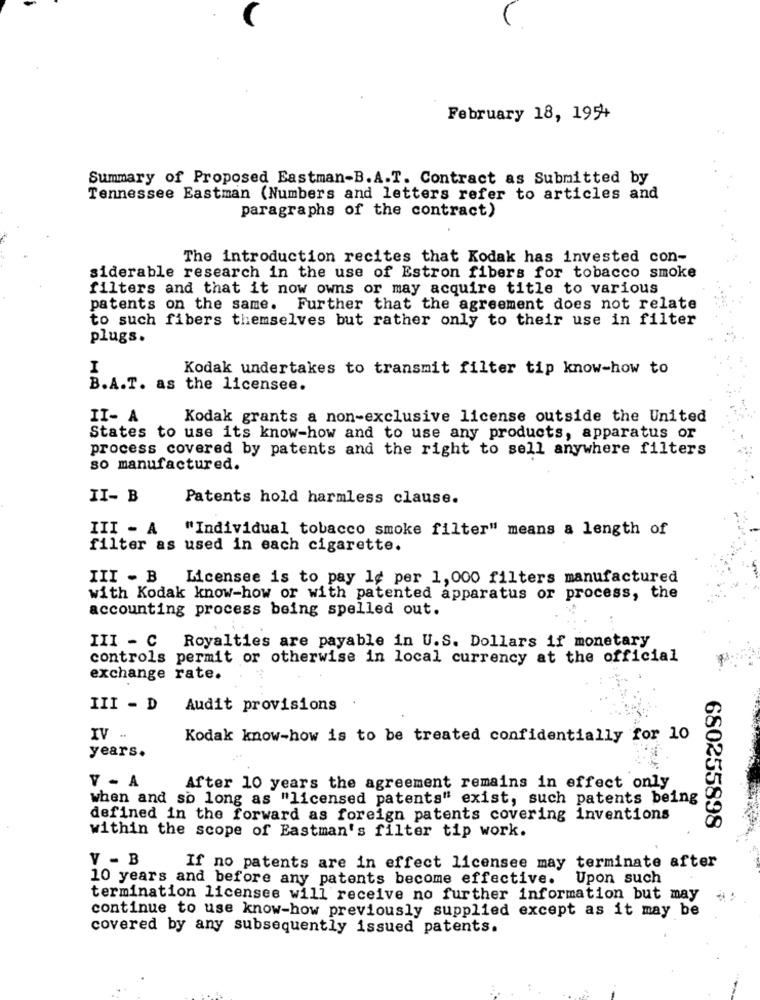
February 18, 19++
Summary of Proposed Eastman-B.A.T. Contract as Submitted by
Tennessee Eastman (Numbers and letters refer to articles and
paragraphs of the contract)
The introduction recites that Kodak has invested con-
siderable research in the use of Estron fibers for tobacco smoke
filters and that it now owns or may acquire title to various
patents on the same. Further that the agreement does not relate
to such fibers themselves but rather only to their use in filter
plugs.
Kodak undertakes to transmit filter tip know-how to
B.A.T. as the licensee.
II- A
Kodak grants a non-exclusive license outside the United
States to use its know-how and to use any products, apparatus or
process covered by patents and the right to sell anywhere filters
so manufactured.
II- B
Patents hold harmless clause.
III - A
"Individual tobacco smoke filter" means a length of
filter as used in each cigarette.
III - B
Licensee is to pay 1¢ per 1,000 filters manufactured
with Kodak know-how or with patented apparatus or process, the
accounting process being spelled out.
III - C Royalties are payable in U.S. Dollars if monetary
controls permit or otherwise in local currency at the official
exchange rate.
III - D Audit provisions
IV -
Kodak know-how is to be treated confidentially for 10
years.
Y - A
After 10 years the agreement remains in effect only
when and so long as "licensed patents" exist, such patents being
defined in the forward as foreign patents covering inventions
680255898
within the scope of Eastman's filter tip work.
V - B
If no patents are in effect licensee may terminate after
10 years and before any patents become effective.
Upon such
termination licenses will receive no further information but may
continue to use know-how previously supplied except as it may be
covered by any subsequently issued patents.